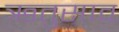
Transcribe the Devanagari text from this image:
ऋतुसाव